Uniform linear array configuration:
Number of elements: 16
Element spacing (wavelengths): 0.75
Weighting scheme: cosine
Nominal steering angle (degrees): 30
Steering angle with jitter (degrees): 28.119
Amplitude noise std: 0.05
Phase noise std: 0.05

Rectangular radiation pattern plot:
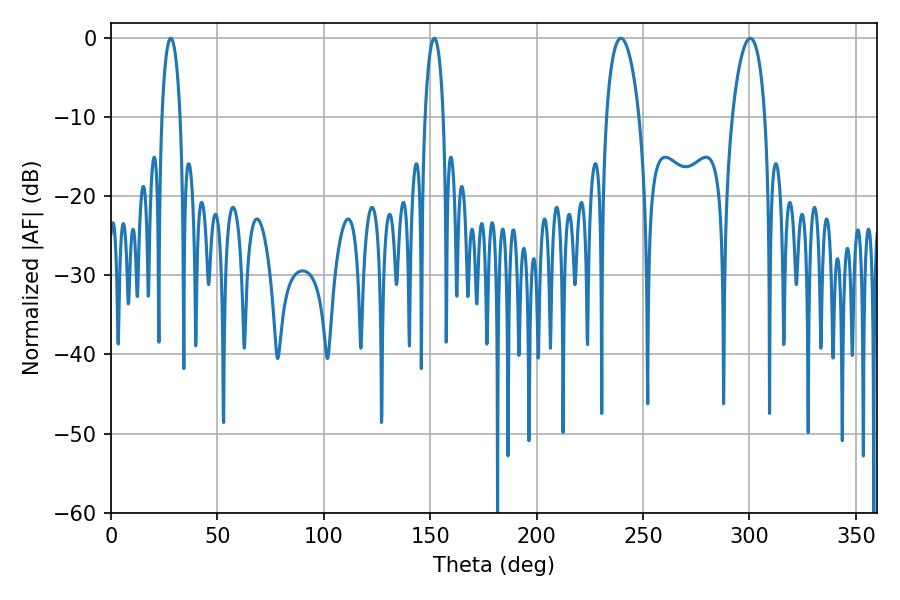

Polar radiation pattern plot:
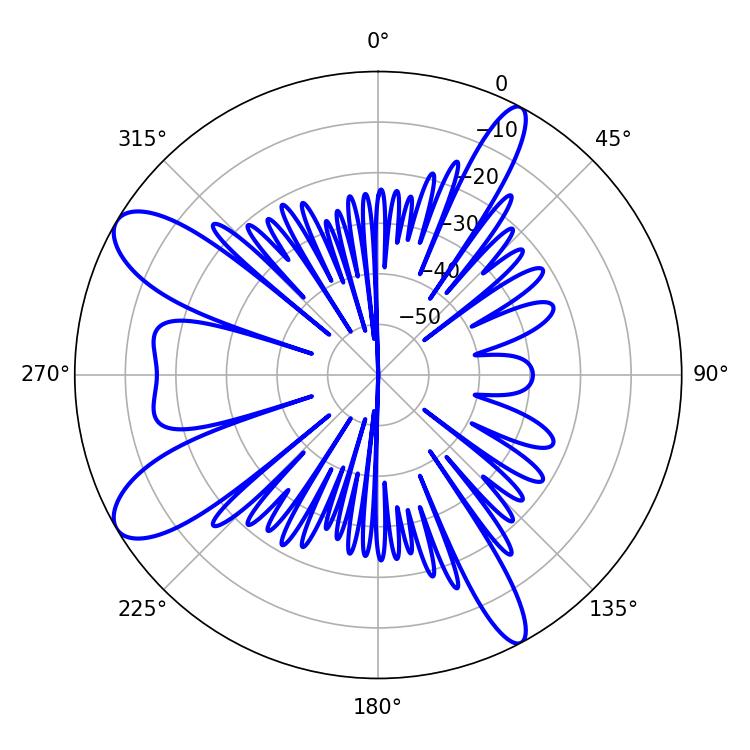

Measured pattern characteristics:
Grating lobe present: TRUE
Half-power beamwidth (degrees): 4.86
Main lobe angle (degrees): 28.08